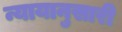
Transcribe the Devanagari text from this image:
न्यायानुसारी